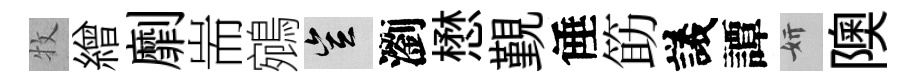
牧繒劘耑鵷豈瀏懋覲倕筯議譚妍隩